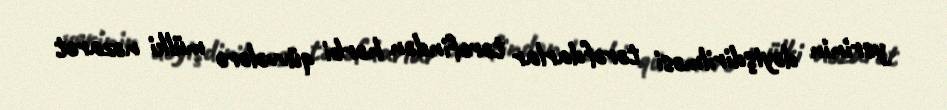
yerinin dəyişdirilməsi tərəfdarlar tərəfindən hərbi qüvvələrə mülki nəzarət